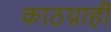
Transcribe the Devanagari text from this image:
काठय़ाही